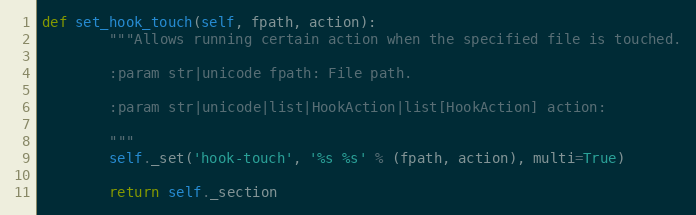
Language: Python
def set_hook_touch(self, fpath, action):
        """Allows running certain action when the specified file is touched.

        :param str|unicode fpath: File path.

        :param str|unicode|list|HookAction|list[HookAction] action:

        """
        self._set('hook-touch', '%s %s' % (fpath, action), multi=True)

        return self._section